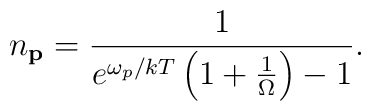
n_{\bf p} = {1 \over e^{\omega_p /kT}\left( 1 + {1 \over \Omega} \right) - 1}.